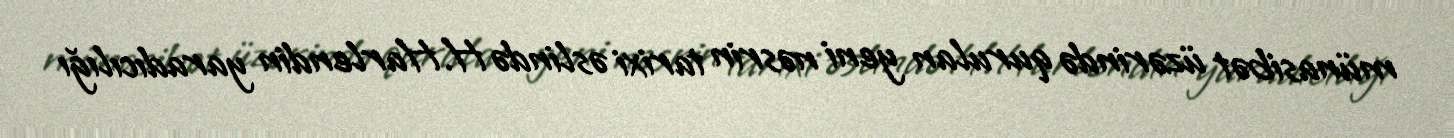
münasibət üzərində qurulan yeni nəsrin tarixi əslində H.Harlendin yaradıcılığı